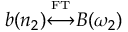
b ( n _ { 2 } ) { \overset { \underset { \mathrm { F T } } { } } { \longleftrightarrow } } B ( \omega _ { 2 } )